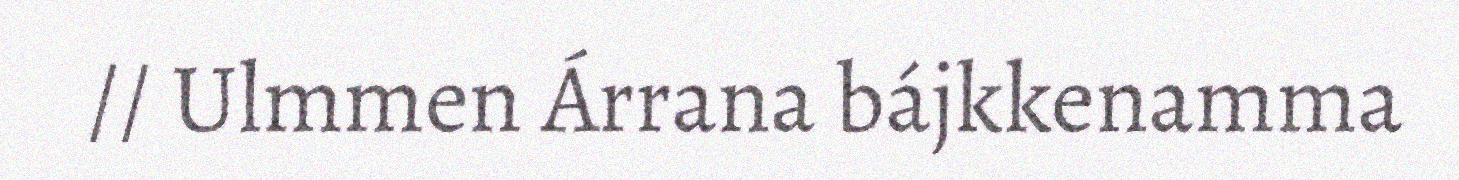
// Ulmmen Árrana bájkkenamma